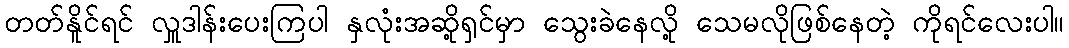
တတ်နိူင်ရင် လှူဒါန်းပေးကြပါ နှလုံးအဆို့ရှင်မှာ သွေးခဲနေလို့ သေမလိုဖြစ်နေတဲ့ ကိုရင်လေးပါ။